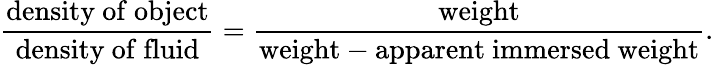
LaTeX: {\frac{\mathrm{density~of~object}}{\mathrm{density~of~fluid}}}={\frac{\mathrm{weight}}{{\mathrm{weight}}-{\mathrm{apparent~immersed~weight}}}}.